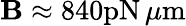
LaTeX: \mathbf{B}\approx840\mathrm{{pN}}\, \mu\mathrm{{m}}